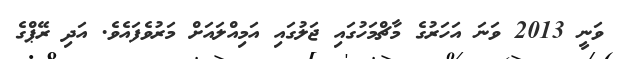
ވަނީ 2013 ވަނަ އަހަރުގެ މާޗްމަހުގައި ޖަލުގައި އަމިއްލައަށް މަރުވެފައެވެ. އަދި ރޭޕްގެ